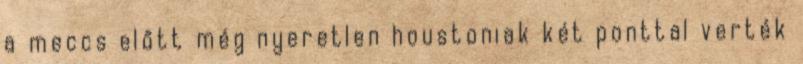
a meccs előtt még nyeretlen houstoniak két ponttal verték